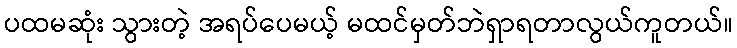
ပထမဆုံး သွားတဲ့ အရပ်ပေမယ့် မထင်မှတ်ဘဲရှာရတာလွယ်ကူတယ်။